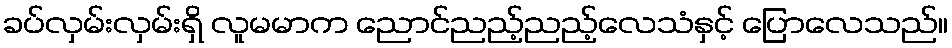
ခပ်လှမ်းလှမ်းရှိ လူမမာက ညောင်ညည့်ညည့်လေသံနှင့် ပြောလေသည်။